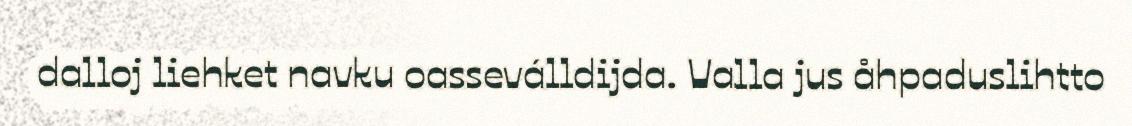
dalloj liehket navku oasseválldijda. Valla jus åhpaduslihtto